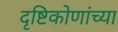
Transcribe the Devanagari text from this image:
दृष्टिकोणांच्या